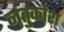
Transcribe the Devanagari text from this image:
जंतुकोश